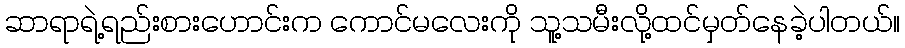
ဆာရာရဲ့ရည်းစားဟောင်းက ကောင်မလေးကို သူ့သမီးလို့ထင်မှတ်နေခဲ့ပါတယ်။